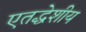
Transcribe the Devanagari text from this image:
एतद्धेशीय